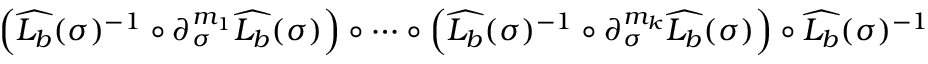
\begin{array} { r } { \Big ( \widehat { L _ { b } } ( \sigma ) ^ { - 1 } \circ \partial _ { \sigma } ^ { m _ { 1 } } \widehat { L _ { b } } ( \sigma ) \Big ) \circ \cdots \circ \Big ( \widehat { L _ { b } } ( \sigma ) ^ { - 1 } \circ \partial _ { \sigma } ^ { m _ { k } } \widehat { L _ { b } } ( \sigma ) \Big ) \circ \widehat { L _ { b } } ( \sigma ) ^ { - 1 } } \end{array}